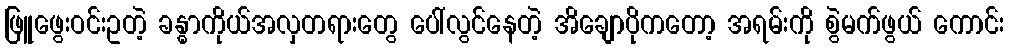
ဖြူဖွေးဝင်းဥတဲ့ ခန္ဓာကိုယ်အလှတရားတွေ ပေါ်လွင်နေတဲ့ အိချောပိုကတော့ အရမ်းကို စွဲမက်ဖွယ် ကောင်း